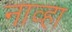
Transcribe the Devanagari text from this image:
नाव्हा